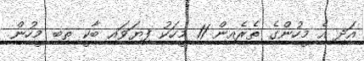
އަދި އެ މީހުންގެ ތެރެއިން 11 މީހަކު ފިޔަވައި ބާކީ ތިބި މީހުން